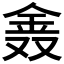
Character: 𨥖